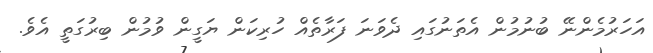
އަހަރުމެންނޭ ބުނުމުން އެތަނުގައި ދެވަނަ ފަރާތެއް ހުރިކަން ޔަގީން ވުމުން ބިރުގަތީ އެވެ.